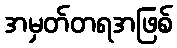
အမှတ်တရအဖြစ်